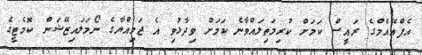
އެފްއޭއެމްގެ ރައީސް ކަމަށް ކުރިމަތިލައްވާނެ ކަމަށް ވިދާޅުވި އެ ޖަމިއްޔާގެ ނޯމަލައިޒޭޝަން ކޮމެޓީގެ